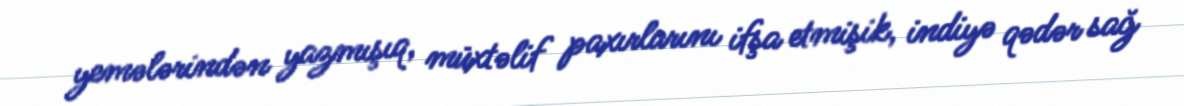
yemələrindən yazmışıq, müxtəlif paxırlarını ifşa etmişik, indiyə qədər sağ